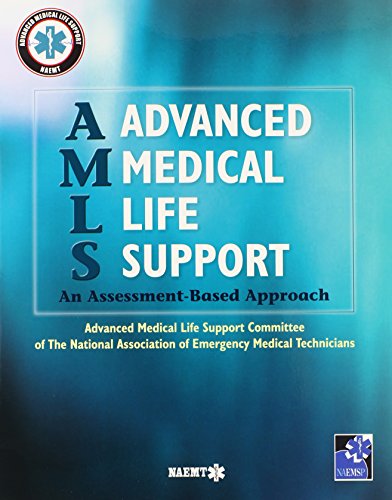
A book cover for AMLS Advanced Medical Life Support: An Assessment-Based Approach; NAEMT; Medical Books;